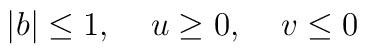
|b|\leq 1,\;\;\;\;u\geq 0,\;\;\;\;v\leq 0\nonumber